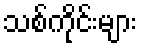
သစ်ကိုင်းများ